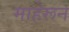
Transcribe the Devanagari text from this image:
माहेरून